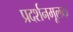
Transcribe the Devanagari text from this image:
प्रदर्शनमूलक